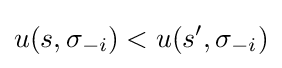
u(s,\sigma _{-i})<u(s',\sigma _{-i})